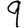
Digit: 9